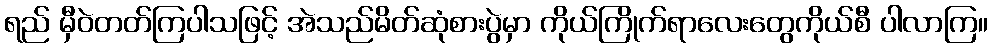
ရည် မှီဝဲတတ်ကြပါသဖြင့် အဲသည်မိတ်ဆုံစားပွဲမှာ ကိုယ်ကြိုက်ရာလေးတွေကိုယ်စီ ပါလာကြ။